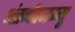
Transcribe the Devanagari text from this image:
अंतर्गतजम्मू